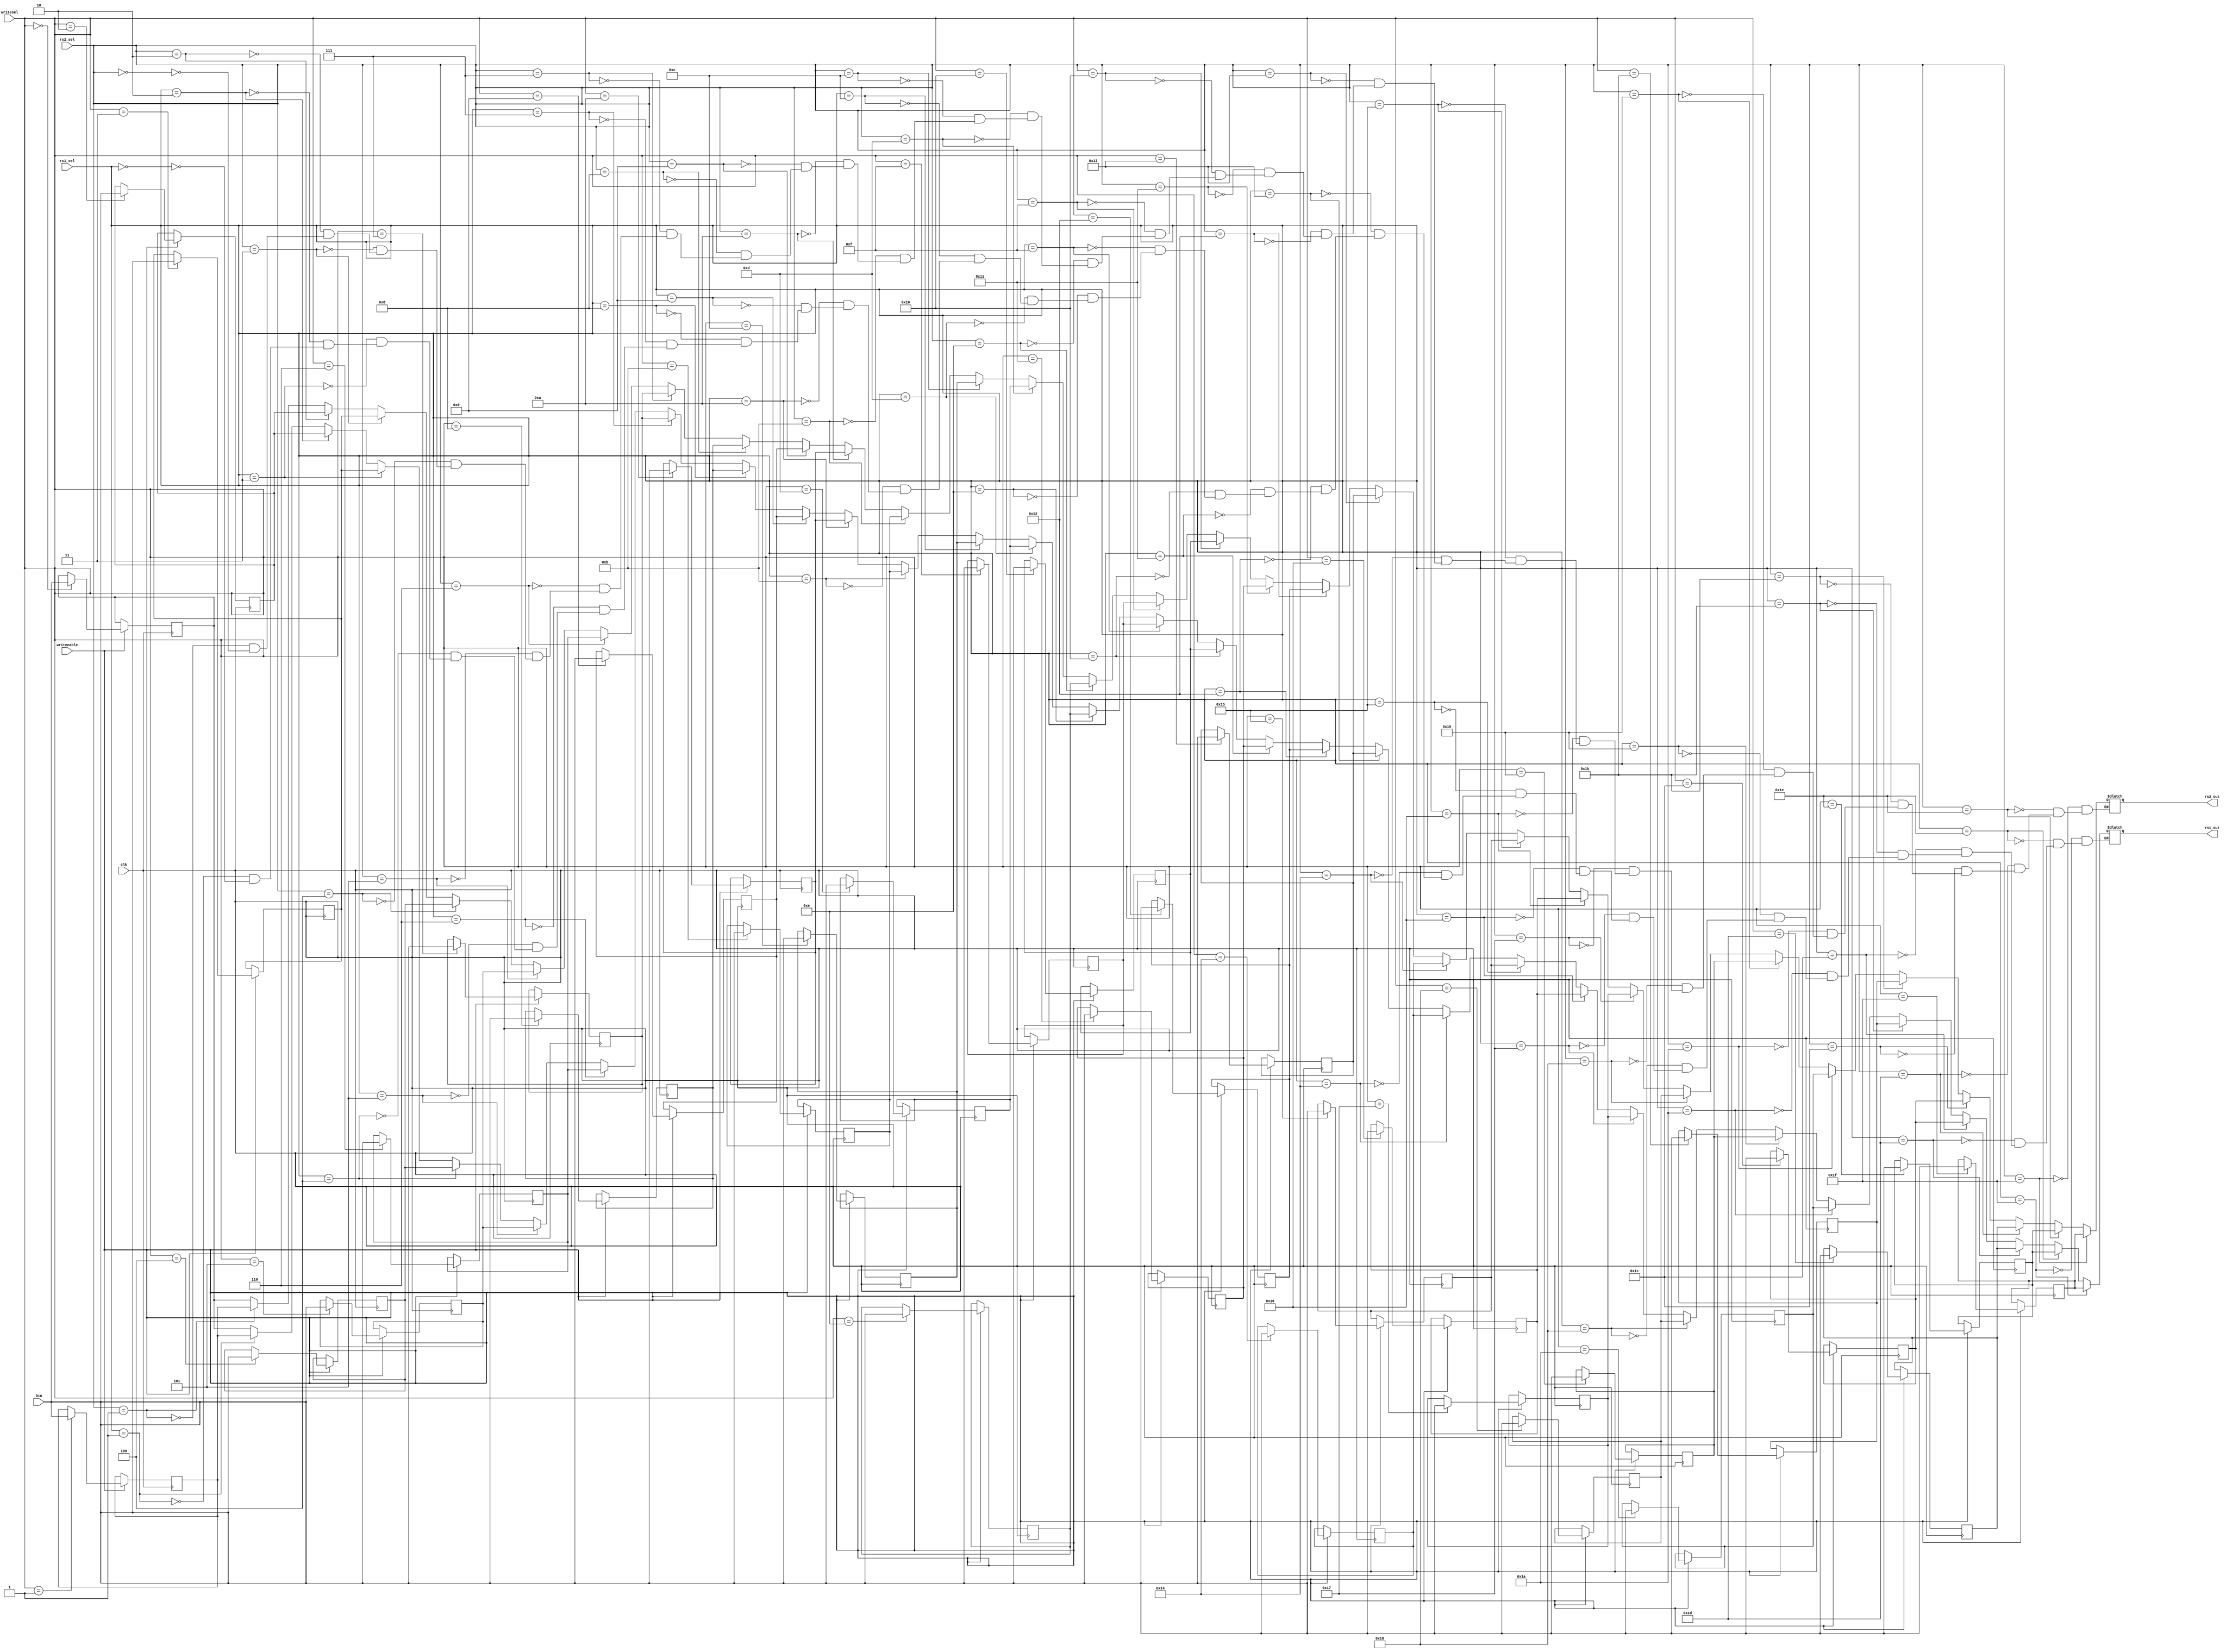
module RegisterFilesFP(clk, writenable, rs1_sel, rs2_sel, writesel, Din, rs1_out, rs2_out);
   input clk;
   input writenable;
   input [4:0] rs1_sel, rs2_sel, writesel;
   input [31:0] Din;
   output reg [31:0] rs1_out, rs2_out;
   reg [31:0] r [31:0];
   integer    i;
   initial begin
      for (i=0; i<32; i = i+1) begin
	 r[i] = 32'h0;
      end
   end
   always @ * begin
      for (i=0; i<32; i = i+1) begin
	 if (rs1_sel == i) begin
	    rs1_out <= r[i];
	 end
	 if (rs2_sel == i) begin
	    rs2_out <= r[i];
	 end
      end
   end // always @ *
   always @ (posedge clk) begin
      if (writenable == 1) begin
	 $display("clocked");
	 for (i=0; i<32; i= i+1) begin
	    $display("writsel, i", writesel, i, writesel==i);
	    if (writesel == i) begin
	       r[i] <= Din;
	    end
	 end
      end
   end
   
//   always begin
//      case (rs1_sel)
//	5'd0: begin 
//	  rs1_out <= 32'h0000;
//	end
//	5'd1: begin 
//	  rs1_out <= r1;
//	end
//	5'd2: begin 
//	  rs1_out <= r1;
//	end
//	5'd3: begin 
//	  rs1_out <= r1;
//	end
//	5'd4: begin 
//	  rs1_out <= r1;
//	end
//	5'd5: begin 
//	  rs1_out <= r1;
//	end
//	5'd6: begin 
//	  rs1_out <= r1;
//	end
//	5'd7: begin 
//	  rs1_out <= r1;
//	end
//	5'd8: begin 
//	  rs1_out <= r1;
//	end
//	5'd9: begin 
//	  rs1_out <= r1;
//	end
//	5'd10: begin 
//	  rs1_out <= r1;
//	end
//	5'd11: begin 
//	  rs1_out <= r1;
//	end
//	5'd12: begin 
//	  rs1_out <= r1;
//	end
//	5'd13: begin 
//	  rs1_out <= r1;
//	end
//	5'd14: begin 
//	  rs1_out <= r1;
//	end
//	5'd15: begin 
//	  rs1_out <= r1;
//	end
//	5'd16: begin 
//	  rs1_out <= r1;
//	end
//	5'd17: begin 
//	  rs1_out <= r1;
//	end
//	5'd18: begin 
//	  rs1_out <= r1;
//	end
//	5'd19: begin 
//	  rs1_out <= r1;
//	end
//	5'd20: begin 
//	  rs1_out <= r1;
//	end
//	5'd21: begin 
//	  rs1_out <= r1;
//	end
//	5'd22: begin 
//	  rs1_out <= r1;
//	end
//	5'd23: begin 
//	  rs1_out <= r1;
//	end
//	5'd24: begin 
//	  rs1_out <= r1;
//	end
//	5'd25: begin 
//	  rs1_out <= r1;
//	end
//	5'd26: begin 
//	  rs1_out <= r1;
//	end
//	5'd27: begin 
//	  rs1_out <= r1;
//	end
//	5'd28: begin 
//	  rs1_out <= r1;
//	end
//	5'd29: begin 
//	  rs1_out <= r1;
//	end
//	5'd30: begin 
//	  rs1_out <= r1;
//	end
//	5'd31: begin 
//	  rs1_out <= r1;
//	end
	
	
//   wire [31:0] 	r0,r1,r2,r3,r4,r5,r6,r7,r8,
//		r9,r10,r11,r12,r13,r14,r15,
//		r16,r17,r18,r19,r20,r21,r22,r23,
//		r24,r25,r26,r27,r28,r29,r30,r31;
//	writeReg wR0 (.clk(clk), .sel(writesel) ,.writeEnable(writenable), .Din(Din), 
//	.r0(r0),.r1(r1),.r2(r2),.r3(r3),.r4(r4),.r5(r5),.r6(r6),.r7(r7),.r8(r8),
//	.r9(r9),.r10(r10),.r11(r11),.r12(r12),.r13(r13),.r14(r14),.r15(r15),
//	.r16(r16),.r17(r17),.r18(r18),.r19(r19),.r20(r20),.r21(r21),.r22(r22),.r23(r23),
//	.r24(r24),.r25(r25),.r26(r26),.r27(r27),.r28(r28),.r29(r29),.r30(r30),.r31(r31));
//	 
//	readReg rR0 (.sel(rs1_sel), .r0(r0),.r1(r1),.r2(r2),.r3(r3),.r4(r4),.r5(r5),.r6(r6),.r7(r7),.r8(r8),
//	.r9(r9),.r10(r10),.r11(r11),.r12(r12),.r13(r13),.r14(r14),.r15(r15),
//	.r16(r16),.r17(r17),.r18(r18),.r19(r19),.r20(r20),.r21(r21),.r22(r22),.r23(r23),
//	.r24(r24),.r25(r25),.r26(r26),.r27(r27),.r28(r28),.r29(r29),.r30(r30),.r31(r31),.dataout(rs1_out));
//	 
//	readReg rR1 (.sel(rs2_sel), .r0(r0),.r1(r1),.r2(r2),.r3(r3),.r4(r4),.r5(r5),.r6(r6),.r7(r7),.r8(r8),
//	.r9(r9),.r10(r10),.r11(r11),.r12(r12),.r13(r13),.r14(r14),.r15(r15),
//	.r16(r16),.r17(r17),.r18(r18),.r19(r19),.r20(r20),.r21(r21),.r22(r22),.r23(r23),
//	.r24(r24),.r25(r25),.r26(r26),.r27(r27),.r28(r28),.r29(r29),.r30(r30),.r31(r31),.dataout(rs2_out));
//   initial begin
//      r0 = 0;
//      r1 = 0;
//      r2 = 0;
//      r3 = 0;
//      r4 = 0;
//   end
endmodule